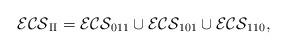
LaTeX: \begin{align*}\mathcal{ECS}_{{\rm{II}}}=\mathcal{ECS}_{011}\cup\mathcal{ECS}_{101}\cup\mathcal{ECS}_{110},\end{align*}